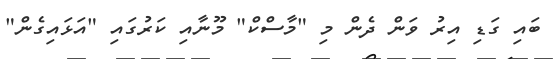
ބައި ގަޑި އިރު ވަން ދެން މި "މާސްކް" މޫނާއި ކަރުގައި "އަޅައިގެން"